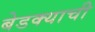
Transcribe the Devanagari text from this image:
बेडक्याची